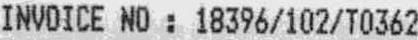
INVOICE NO : 18396/102/T0362